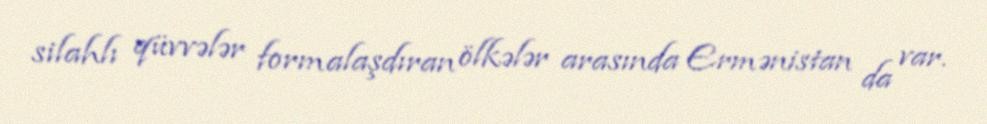
silahlı qüvvələr formalaşdıran ölkələr arasında Ermənistan da var.